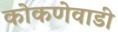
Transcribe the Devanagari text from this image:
कोकणेवाडी